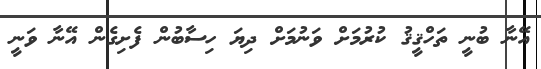
އޭނާ ބުނީ ތަހްޤީޤު ކުރުމަށް ވަނުމަށް ދިޔަ ހިސާބުން ފެށިގެން އޭނާ ވަނީ